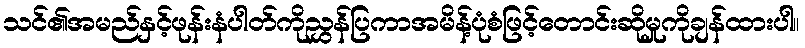
သင်၏အမည်နှင့်ဖုန်းနံပါတ်ကိုညွှန်ပြကာအမိန့်ပုံစံဖြင့်တောင်းဆိုမှုကိုချန်ထားပါ။